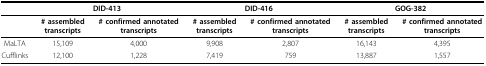
<table><thead><tr><td></td><td colspan="2"><b>DID-413</b></td><td colspan="2"><b>DID-416</b></td><td colspan="2"><b>GOG-382</b></td></tr></thead><tbody><tr><td></td><td><b># assembled transcripts</b></td><td><b># confirmed annotated transcripts</b></td><td><b># assembled transcripts</b></td><td><b># confirmed annotated transcripts</b></td><td><b># assembled transcripts</b></td><td><b># confirmed annotated transcripts</b></td></tr><tr><td>MaLTA</td><td>15,109</td><td>4,000</td><td>9,908</td><td>2,807</td><td>16,143</td><td>4,395</td></tr><tr><td>Cufflinks</td><td>12,100</td><td>1,228</td><td>7,419</td><td>759</td><td>13,887</td><td>1,557</td></tr></tbody></table>